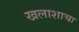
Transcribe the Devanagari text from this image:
खलाशाचा